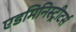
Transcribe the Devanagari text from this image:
एडमिनिस्ट्रीटर्स